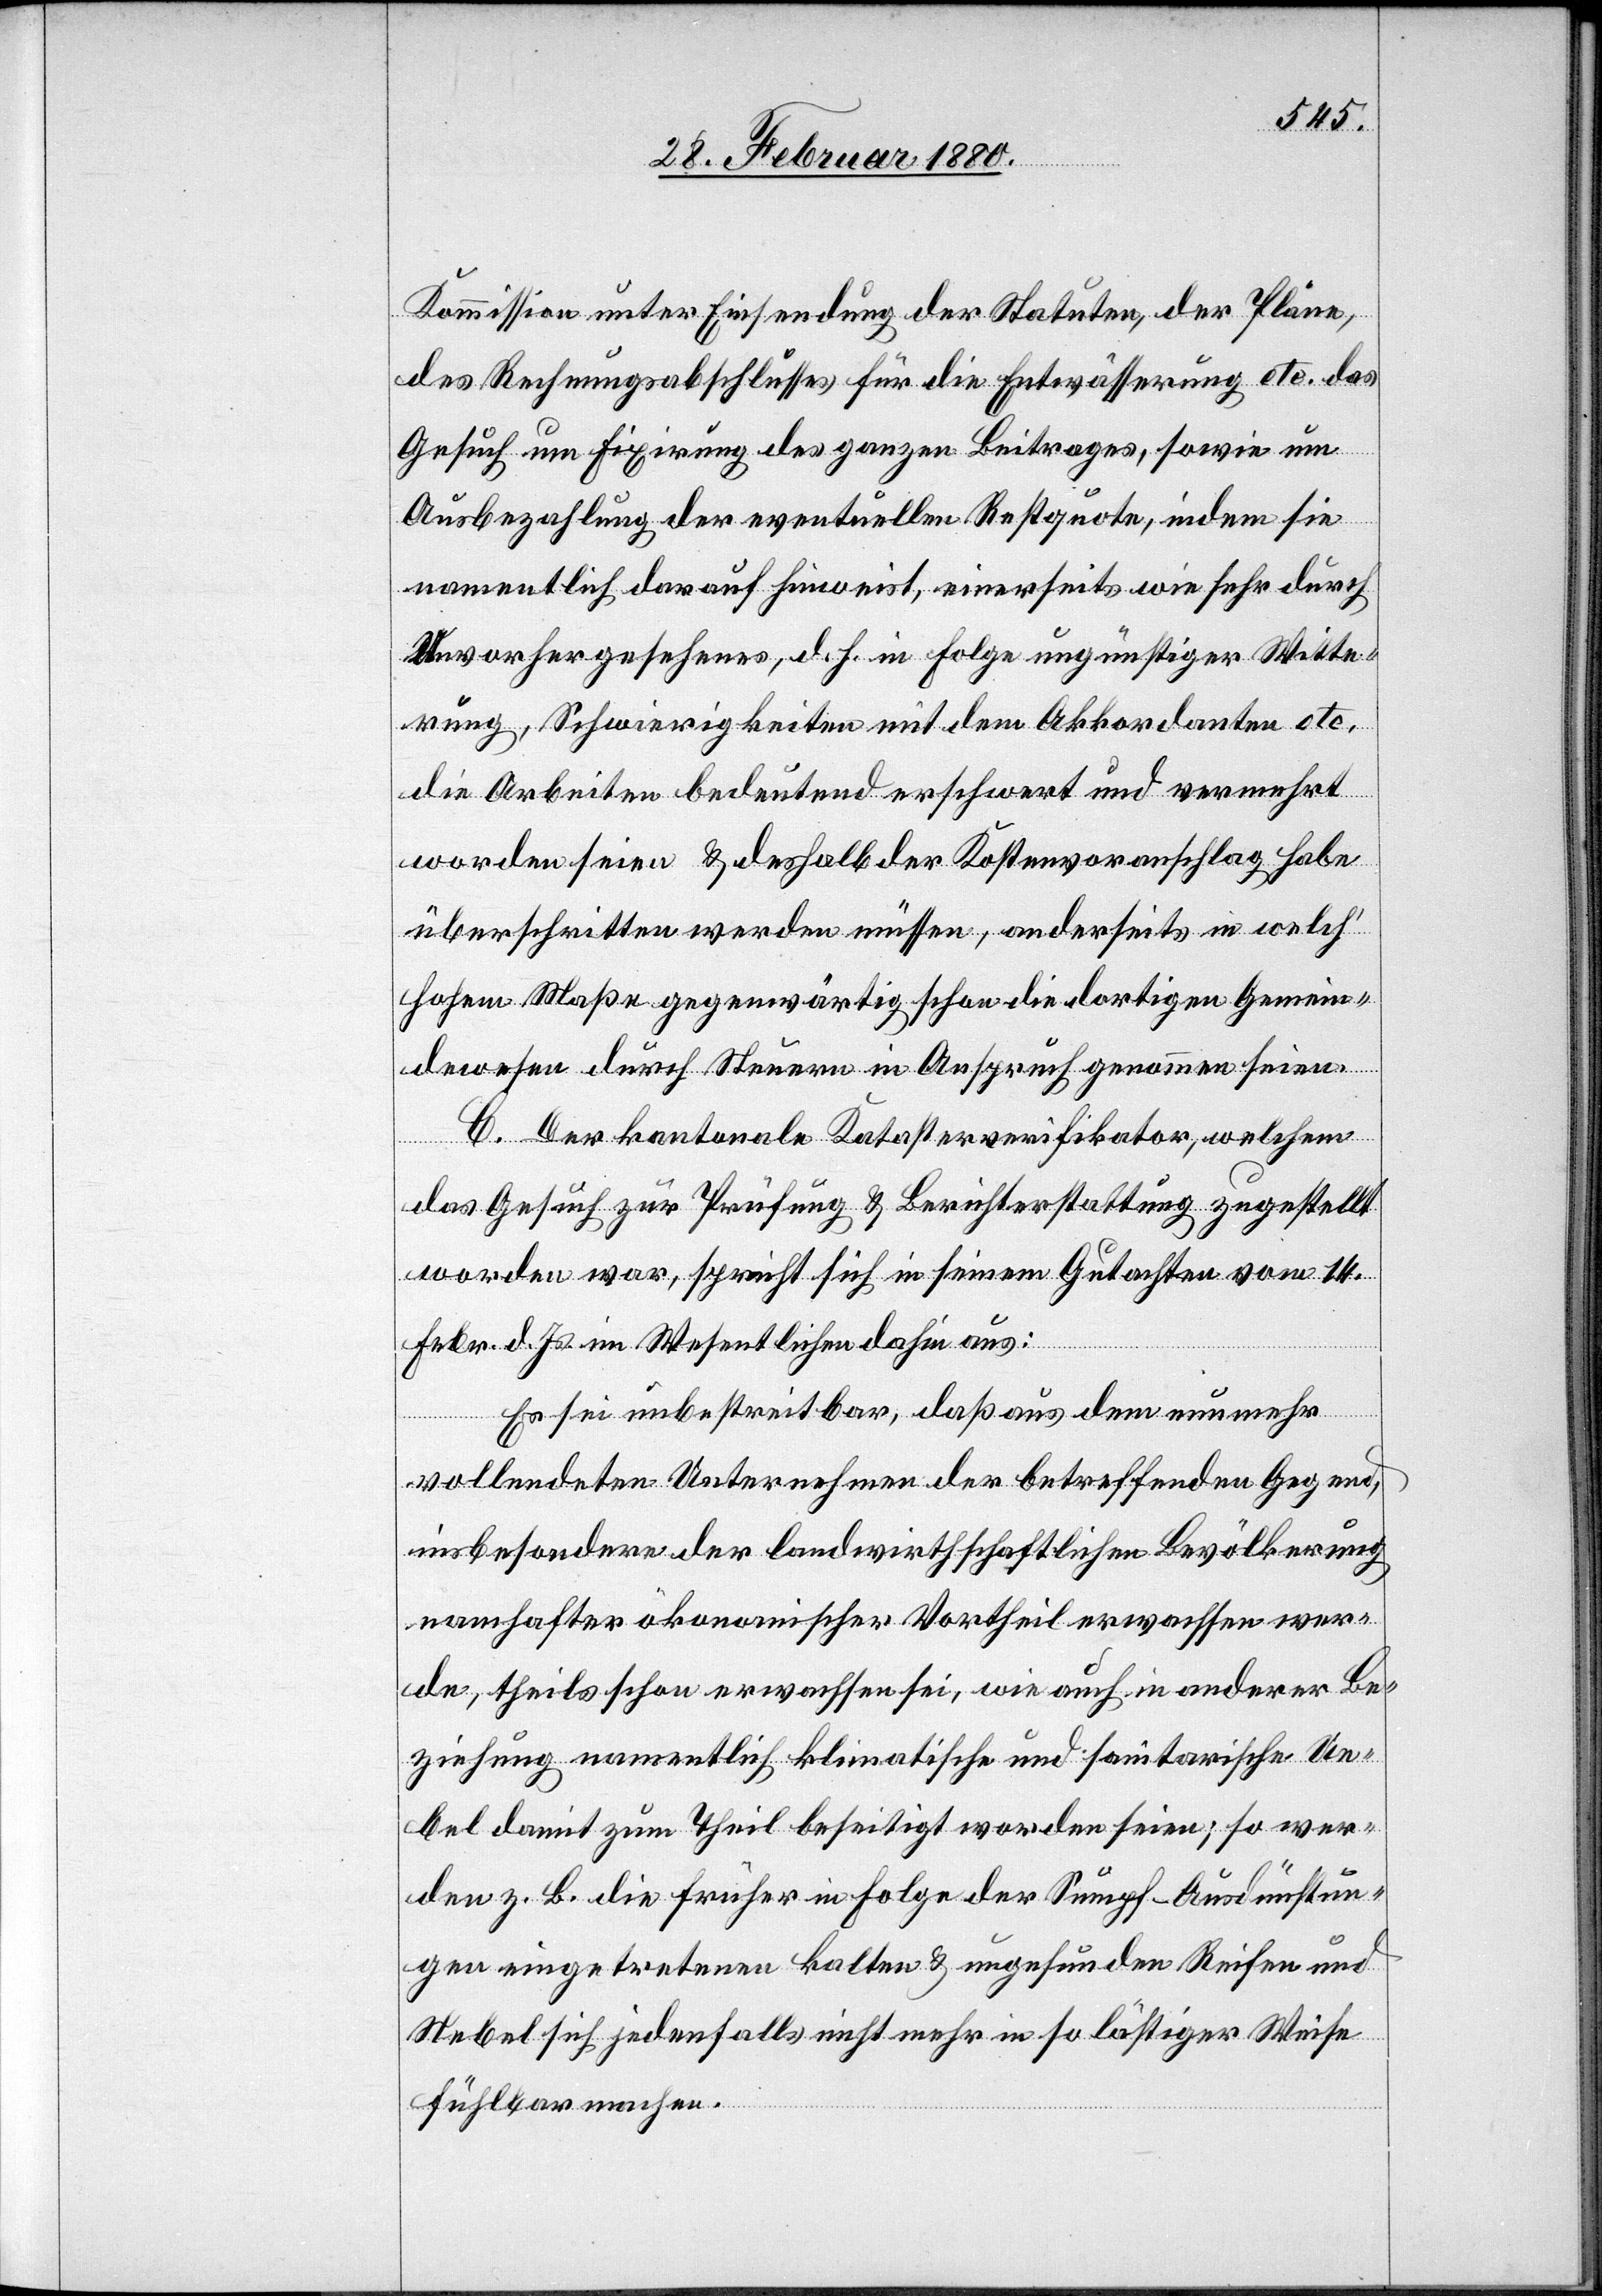
Kommission unter Einsendung der Statuten, der Pläne,
des Rechnungsabeschlusses für die Entwässerung etc. das
Gesuch um Fixirung des ganzen Beitrages, sowie um
Ausbezahlung der eventuellen Restquota, indem sie
namentlich darauf hinweist, einerseits wie sehr durch
Unvorhergesehenes, d. h. in Folge ungünstiger Witte¬
rung, Schwierigkeiten mit dem Akkordanten etc.
die Arbeiten bedeutend erschwert und vermehrt
worden seien & deshalb der Kostenvoranschlag habe
überschritten werden müssen, anderseits in welch‘
hohem Maße gegenwärtig schon die dortigen Gemein¬
dewesen durch Steuern in Anspruch genommen seien.
C. Der kantonale Katasterverifikator, welchem
das Gesuch zur Prüfung & Berichterstattung zugestellt
worden war, spricht sich in seinem Gutachten vom 14.
Febr. d. Js. im Wesentlichen dahin aus:
Es sei unbestreitbar, daß aus dem nunmehr
vollendeten Unternehmen der betreffenden Gegend,
insbesondere der landwirthschaftlichen Bevölkerung
namhafter ökonomischer Vortheil erwachsenwer¬
de, theils schon erwachsen sei, wie auch in anderer Be¬
ziehung namentlich klimatische und sanitarische Ue¬
bel damit zum Theil beseitigt worden seien; so wer¬
den z. B. die früher in Folge der Sumpf-Ausdünstun¬
gen eingetretenen kalten & ungesunden Reifen und
Nebel sich jedenfalls nicht mehr in so lästiger Weise
fühlbar machen.